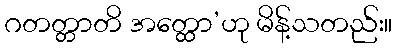
ဂတတ္တာတိ အတ္ထော’ဟု မိန့်သတည်း။